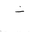
Letter: _non